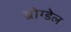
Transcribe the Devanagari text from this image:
ब्रोग्डेल